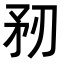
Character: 𥍞